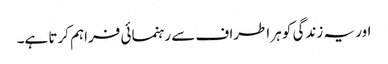
اور یہ زندگی کو ہر اطراف سے رہنمائی فراہم کرتا ہے۔